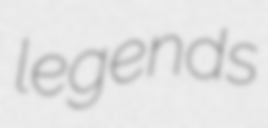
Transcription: legends